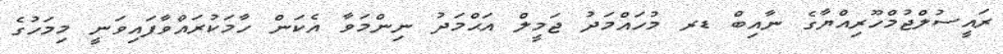
ރައީސުލްޖުމްހޫރިއްޔާގެ ނާއިބް ޑރ މުހައްމަދު ޖަމީލް އަޙްމަދު ނިންމަވާ އެކަން ހާމަކުރައްވާފައިވަނީ މިމަހުގެ